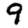
Digit: 9